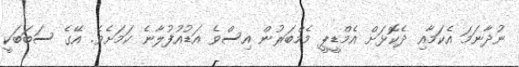
ނުދާނަމަ އެކަމާއި ދެކޮޅަށް އެމްޑީޕީ މެމްބަރުން އިސްވެ އަޑުއުފުލާނެ ކަމަށެވެ. އޭގެ ސަބަބަކީ